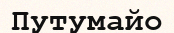
Путумайо